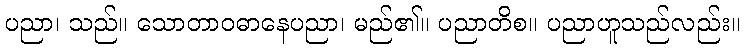
ပညာ၊ သည်။ သောတာဝဓာနေပညာ၊ မည်၏။ ပညာတိစ။ ပညာဟူသည်လည်း။